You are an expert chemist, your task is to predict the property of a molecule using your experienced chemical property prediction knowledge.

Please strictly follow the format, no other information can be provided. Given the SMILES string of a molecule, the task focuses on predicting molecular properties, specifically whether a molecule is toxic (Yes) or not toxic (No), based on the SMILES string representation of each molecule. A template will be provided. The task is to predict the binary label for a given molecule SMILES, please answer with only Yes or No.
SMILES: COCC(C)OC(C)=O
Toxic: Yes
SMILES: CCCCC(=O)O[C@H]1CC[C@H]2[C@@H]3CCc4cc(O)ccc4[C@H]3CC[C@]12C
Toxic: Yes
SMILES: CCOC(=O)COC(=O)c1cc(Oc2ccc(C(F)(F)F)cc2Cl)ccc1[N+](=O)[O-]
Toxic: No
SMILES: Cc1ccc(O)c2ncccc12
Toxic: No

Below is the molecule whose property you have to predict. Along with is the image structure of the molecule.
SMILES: C=CCCCCCCCCC(=O)OCCCC
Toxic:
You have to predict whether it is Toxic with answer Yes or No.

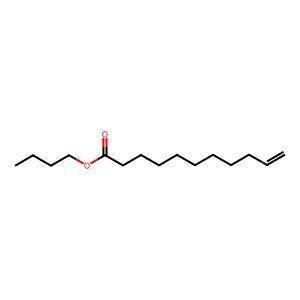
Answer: No